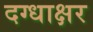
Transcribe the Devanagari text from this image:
दग्धाक्षर